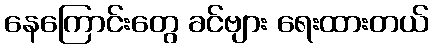
နေကြောင်းတွေ ခင်ဗျား ရေးထားတယ်